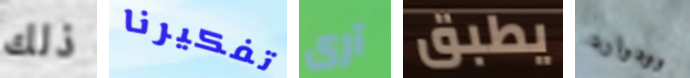
ذلك تفكيرنا آرى يطبق وودوارد